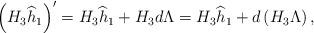
LaTeX: \begin{align*}\left( H_3 \widehat h_1 \right)^\prime =H_3 \widehat h_1 + H_3 d\Lambda = H_3 \widehat h_1 +d\left( H_3 \Lambda\right),\end{align*}